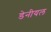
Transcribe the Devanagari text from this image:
डेनीयल